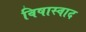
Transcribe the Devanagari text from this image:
विषास्वाद